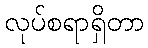
လုပ်စရာရှိတာ